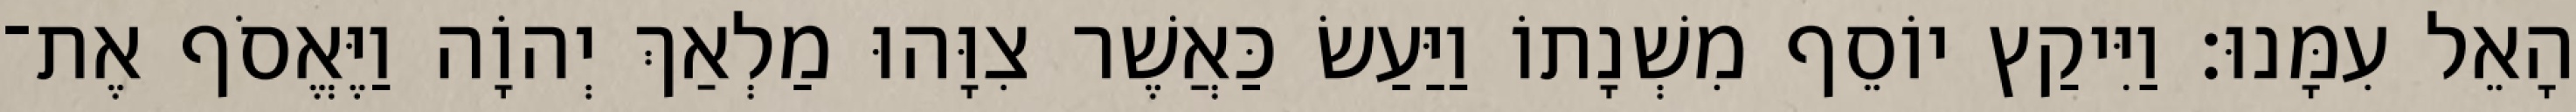
הָאֵל עִמָּנוּ׃ וַיִּיקַץ יוֹסֵף מִשְׁנָתוֹ וַיַּעַשׂ כַּאֲשֶׁר צִוָּהוּ מַלְאַךְ יְהוָֹה וַיֶּאֱסֹף אֶת־